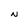
Character: N